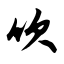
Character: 吹